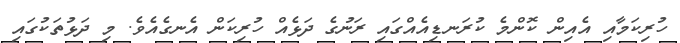
ހުރިކަމާއި އެއިން ކޮންމެ ކުރަނޑިއެއްގައި ރަނުގެ ދަޅެއް ހުރިކަން އެނގެއެވެ. މި ދަޅުތަކުގައި